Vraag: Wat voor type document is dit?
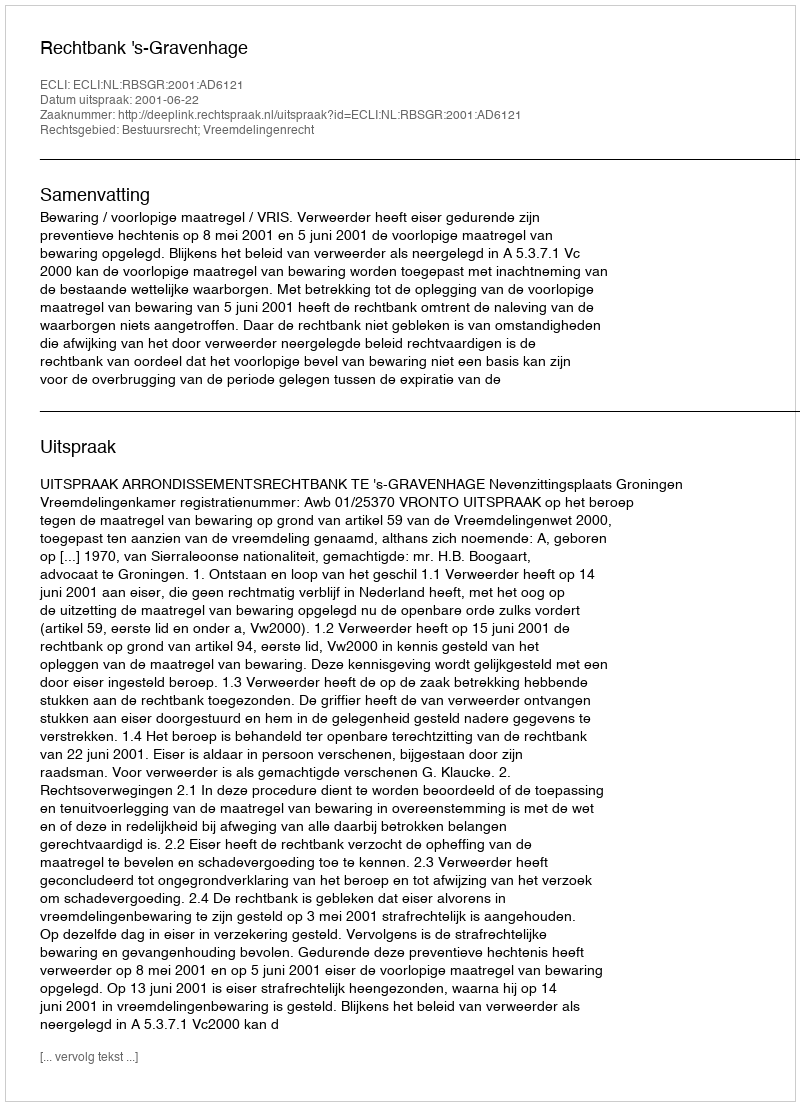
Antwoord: Uitspraak